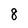
Character: 8